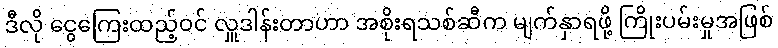
ဒီလို ငွေကြေးထည့်ဝင် လှူဒါန်းတာဟာ အစိုးရသစ်ဆီက မျက်နှာရဖို့ ကြိုးပမ်းမှုအဖြစ်